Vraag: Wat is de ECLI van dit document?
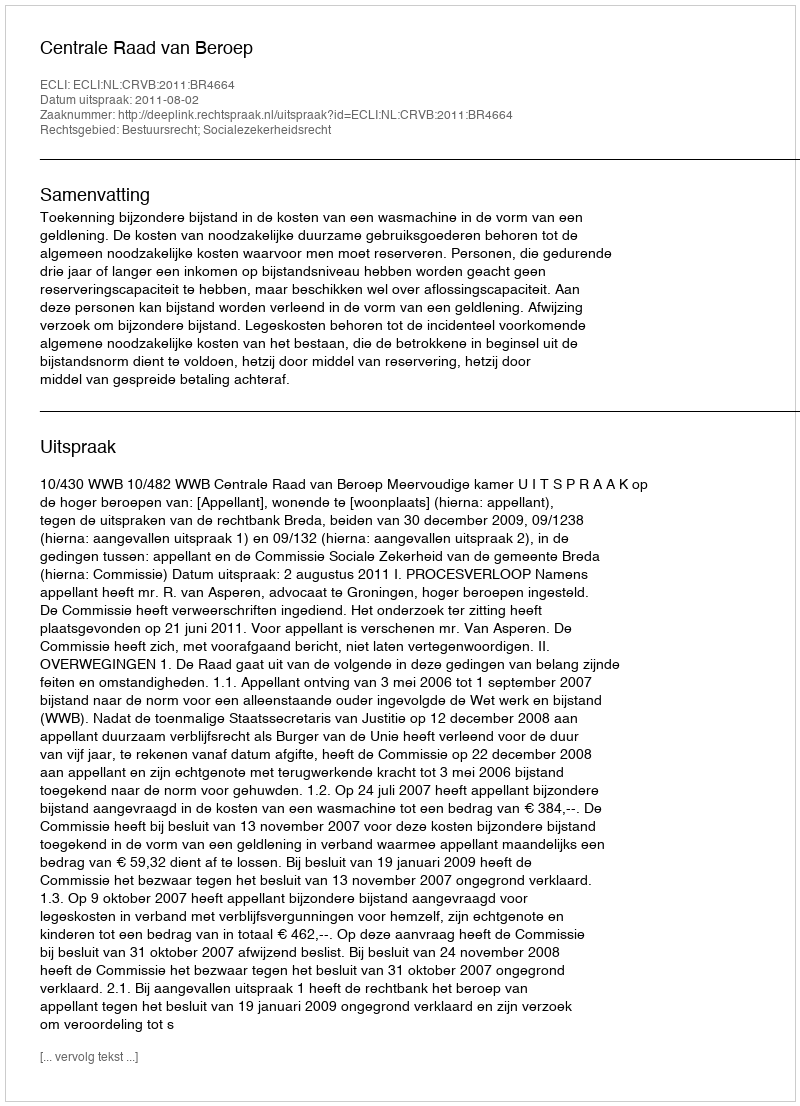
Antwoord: ECLI:NL:CRVB:2011:BR4664